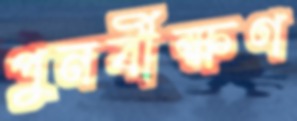
পুনর্বীক্ষণ